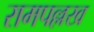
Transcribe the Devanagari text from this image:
रामपल्लख